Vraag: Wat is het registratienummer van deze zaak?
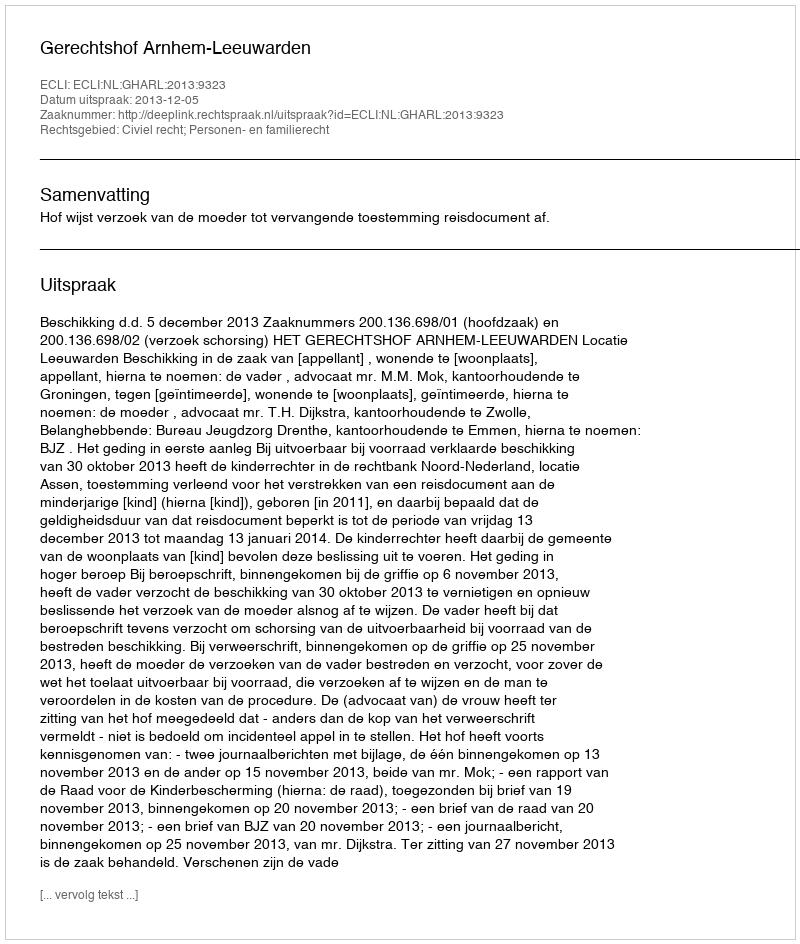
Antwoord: http://deeplink.rechtspraak.nl/uitspraak?id=ECLI:NL:GHARL:2013:9323